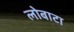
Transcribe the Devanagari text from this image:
लोबाटा